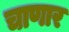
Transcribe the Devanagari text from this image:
चाणार